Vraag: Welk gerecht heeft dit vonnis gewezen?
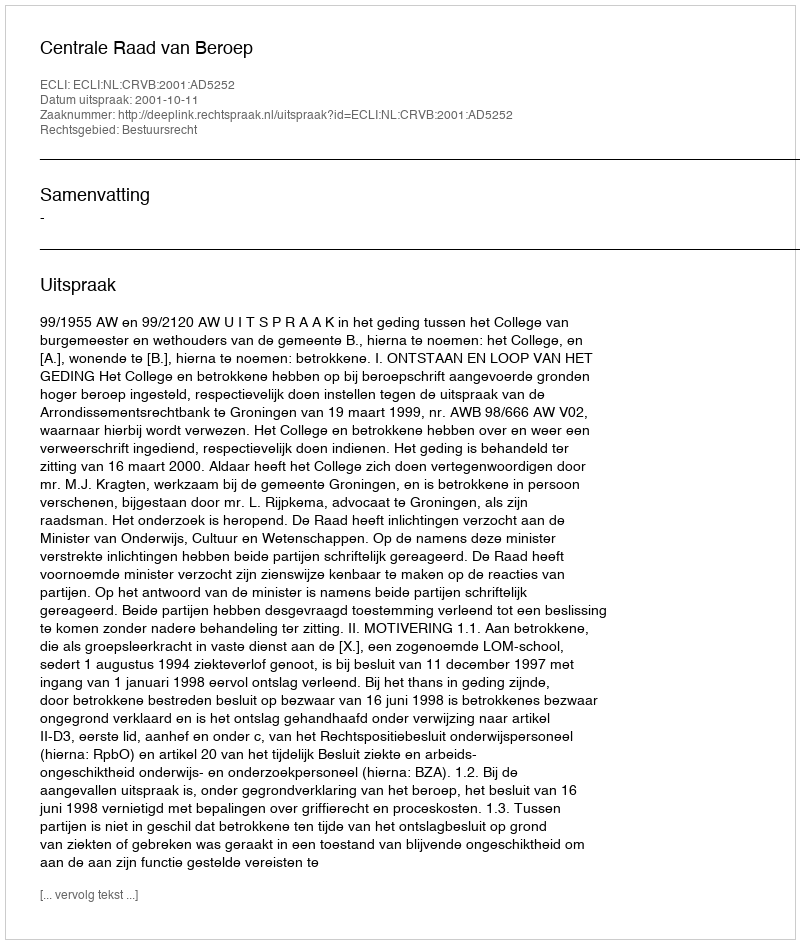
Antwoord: Centrale Raad van Beroep